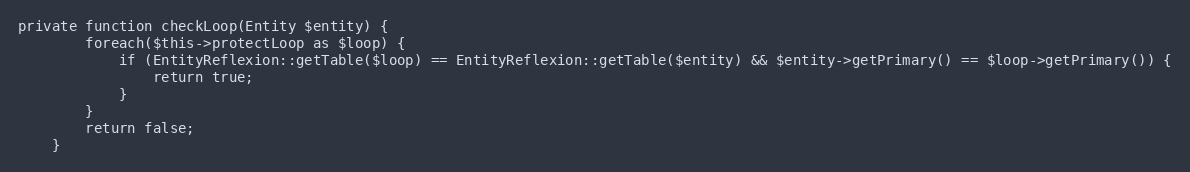
Language: PHP
private function checkLoop(Entity $entity) {
		foreach($this->protectLoop as $loop) {
			if (EntityReflexion::getTable($loop) == EntityReflexion::getTable($entity) && $entity->getPrimary() == $loop->getPrimary()) {
				return true;
			}
		}
		return false;
	}